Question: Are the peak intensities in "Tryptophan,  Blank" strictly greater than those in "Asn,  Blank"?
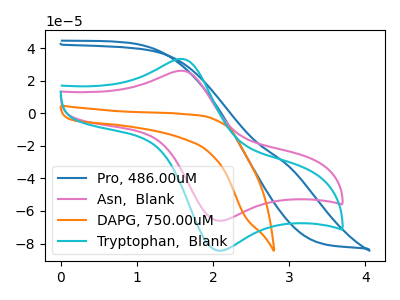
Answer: <think>The blue curve "Pro, 486.00uM" has no peaks. The pink curve "Asn,  Blank" has an anodic peak at (1.60V, 26.05uA) and a cathodic peak at (2.10V, -66.00uA). The orange curve "DAPG, 750.00uM" has no peaks. The cyan curve "Tryptophan,  Blank" has an anodic peak at (1.60V, 33.30uA) and a cathodic peak at (2.10V, -84.35uA).</think>
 <answer>Every peak in "Tryptophan,  Blank" is higher than every peak in "Asn,  Blank".</answer>
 <eval>higher</eval>